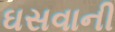
ઘસવાની